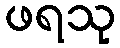
ဖရသု